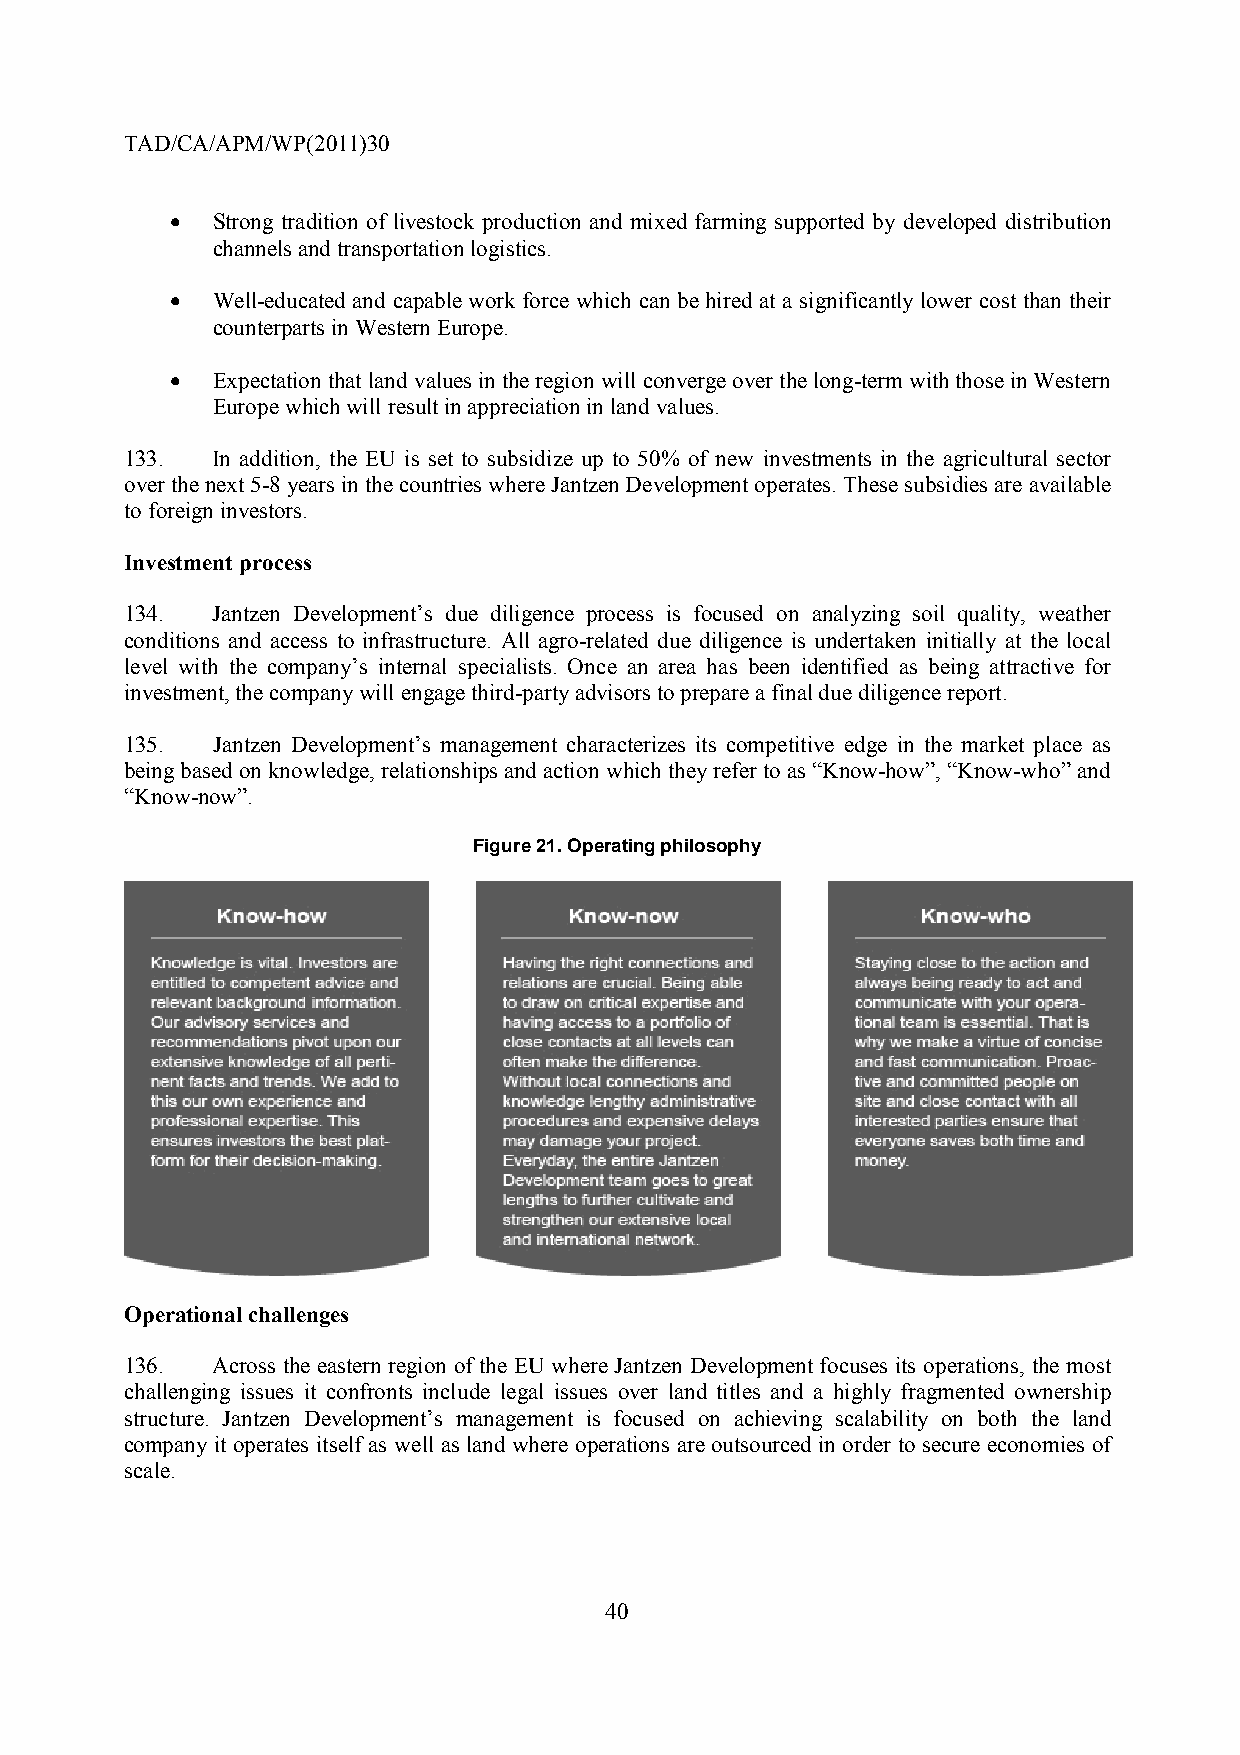
TAD/CA/APM/WP(2011)30
 •  Strong tradition of livestock production and mixed farming supported by developed distribution
 channels and transportation logistics.
 •  Well-educated and capable work force which can be hired at a significantly lower cost than their
 counterparts in Western Europe.
 •  Expectation that land values in the region will converge over the long-term with those in Western
 Europe which will result in appreciation in land values.
 133.  In addition, the EU is set to subsidize up to 50% of new investments in the agricultural sector
 over the next 5-8 years in the countries where Jantzen Development operates. These subsidies are available
 to foreign investors.
 Investment process
 134.  Jantzen Development’s due diligence process is focused on analyzing soil quality, weather
 conditions and access to infrastructure. All agro-related due diligence is undertaken initially at the local
 level with the company’s internal specialists. Once an area has been identified as being attractive for
 investment, the company will engage third-party advisors to prepare a final due diligence report.
 135.  Jantzen Development’s management characterizes its competitive edge in the market place as
 being based on knowledge, relationships and action which they refer to as “Know-how”, “Know-who” and
 “Know-now”.
 Figure 21. Operating philosophy
 Operational challenges
 136.  Across the eastern region of the EU where Jantzen Development focuses its operations, the most
 challenging issues it confronts include legal issues over land titles and a highly fragmented ownership
 structure. Jantzen Development’s management is focused on achieving scalability on both the land
 company it operates itself as well as land where operations are outsourced in order to secure economies of
 scale.
 40